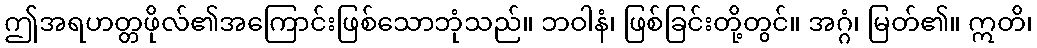
ဤအရဟတ္တဖိုလ်၏အကြောင်းဖြစ်သောဘုံသည်။ ဘဝါနံ၊ ဖြစ်ခြင်းတို့တွင်။ အဂ္ဂံ၊ မြတ်၏။ ဣတိ၊